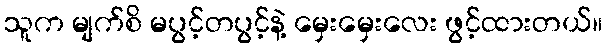
သူက မျက်စိ မပွင့်တပွင့်နဲ့ မှေးမှေးလေး ဖွင့်ထားတယ်။